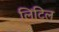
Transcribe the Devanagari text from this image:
लिंटिल